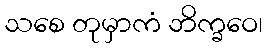
သစေ တုမှာကံ ဘိက္ခဝေ၊